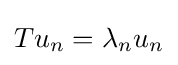
Tu_{n}=\lambda _{n}u_{n}